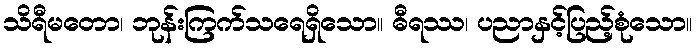
သိရီမတော၊ ဘုန်းကြက်သရေရှိသော။ ဓီရဿ၊ ပညာနှင့်ပြည့်စုံသော။